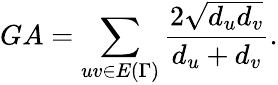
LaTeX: GA=\sum_{uv\in E{(\Gamma)}}\frac{2\sqrt{d_{u}d_{v}}}{d_{u}+d_{v}}.